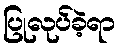
ပြုလုပ်ခဲ့ရာ